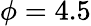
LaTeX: \phi=4.5